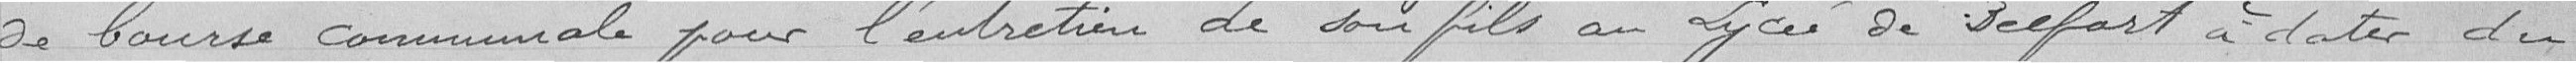
de bourse communale pour l'entretien de son fils au lycée de Belfort à dater du